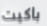
باكيت